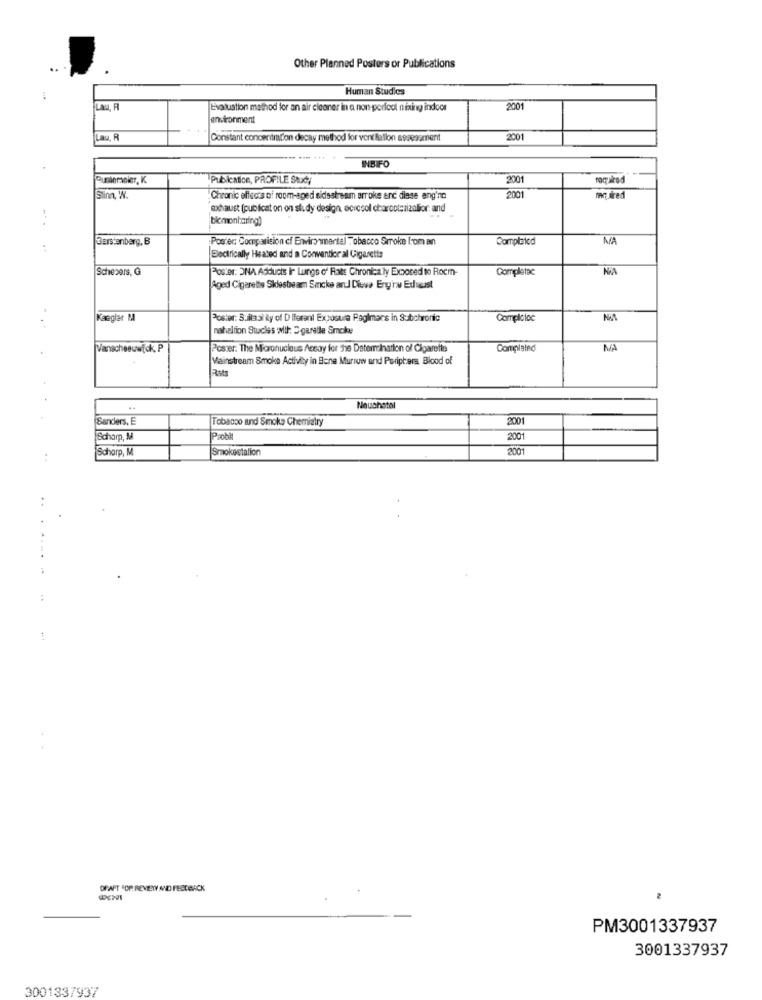
Other Planned Posters or Publications
Human Studies
LAU, R
Evaluation method for an air cleaner in a non-porfool nixing indoor
2001
environment
Lau, R
Constant concentration decay method for vent Ballon assessment
2001
INBIFO
Busiersnier, K
Pubicnice, PROFILE Stxchy
2001
2001
Chronic effects of room-sped aidsstream arroke enc diese eng'no
required
exhaust (publicat on on study design, ocicsol charcotcrizalior and
bkmonharing)
Gerstenberg, B
Poster Compatision of Environmental Tobacco Srroke from an
Completed
MA
Electrically Heated and a Conventior al Cigarette
Schepers, G
Poster. ONA Adducts ir Lungs of Rats Chronically Exposed to Rocin-
Completac
(Aged Cigarette Sidestream Smcke arul Diewa Eny ry Edusust
Kaegler M
Poster: Suitasi ity of Diferent Exposure Paglimans in Subchronte
Complaloc
naheltion Studies Mill: Sgaralle Smoke
Vanacheeuwfck. P
Poster. The Micronucleus Assay for The Determination of Cigarette
NA
Mainstream Smoke Activity in Bene Murrow und Periphera Blood of
Rats
Neuchatel
Sanders, E
Tobacco and Smoke Chemiatry
2001
Schorp, M
2001
Scharp, M
Smokestalion
2001
OFAFT FOR REVIEW AND FEEDBACK
PM3001337937
3001337937
3001337937